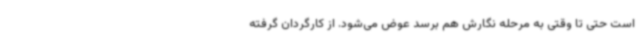
است حتی تا وقتی به مرحله نگارش هم برسد عوض می‌شود. از کارگردان گرفته